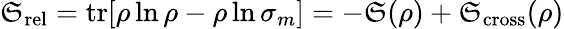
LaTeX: \mathfrak{S}_{\mathrm{{rel}}}=\mathrm{{tr}}[\rho\ln\rho-\rho\ln\sigma_{m}]=-\mathfrak{S}(\rho)+\mathfrak{S}_{\mathrm{{cross}}}(\rho)